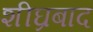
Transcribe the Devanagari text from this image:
शीघ्रबाद